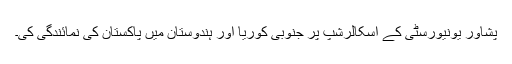
پشاور یونیورسٹی کے اسکالرشپ پر جنوبی کوریا اور ہندوستان میں پاکستان کی نمائندگی کی۔